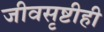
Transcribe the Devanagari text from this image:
जीवसृष्टीही